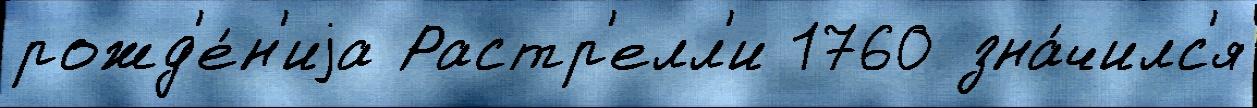
рожд'е́н'иjа Растр'елл'и 1760 зна́чилс'я